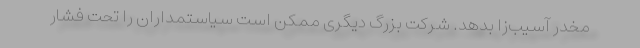
مخدر آسیب‌زا بدهد. شرکت بزرگ دیگری ممکن است سیاستمداران را تحت فشار